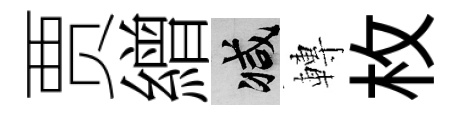
贾繒减轉枚